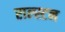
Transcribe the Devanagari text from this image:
राल्स्टन